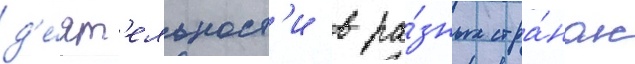
д'е́ят'ельност'и в ра́зных стра́нах